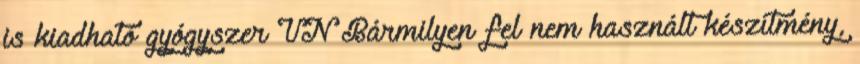
is kiadható gyógyszer VN Bármilyen fel nem használt készítmény,